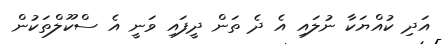
އަދި ކުއްޔަކާ ނުލައި އެ ދެ ތަން ދީފައި ވަނީ އެ ސްކޫލްތަކުން